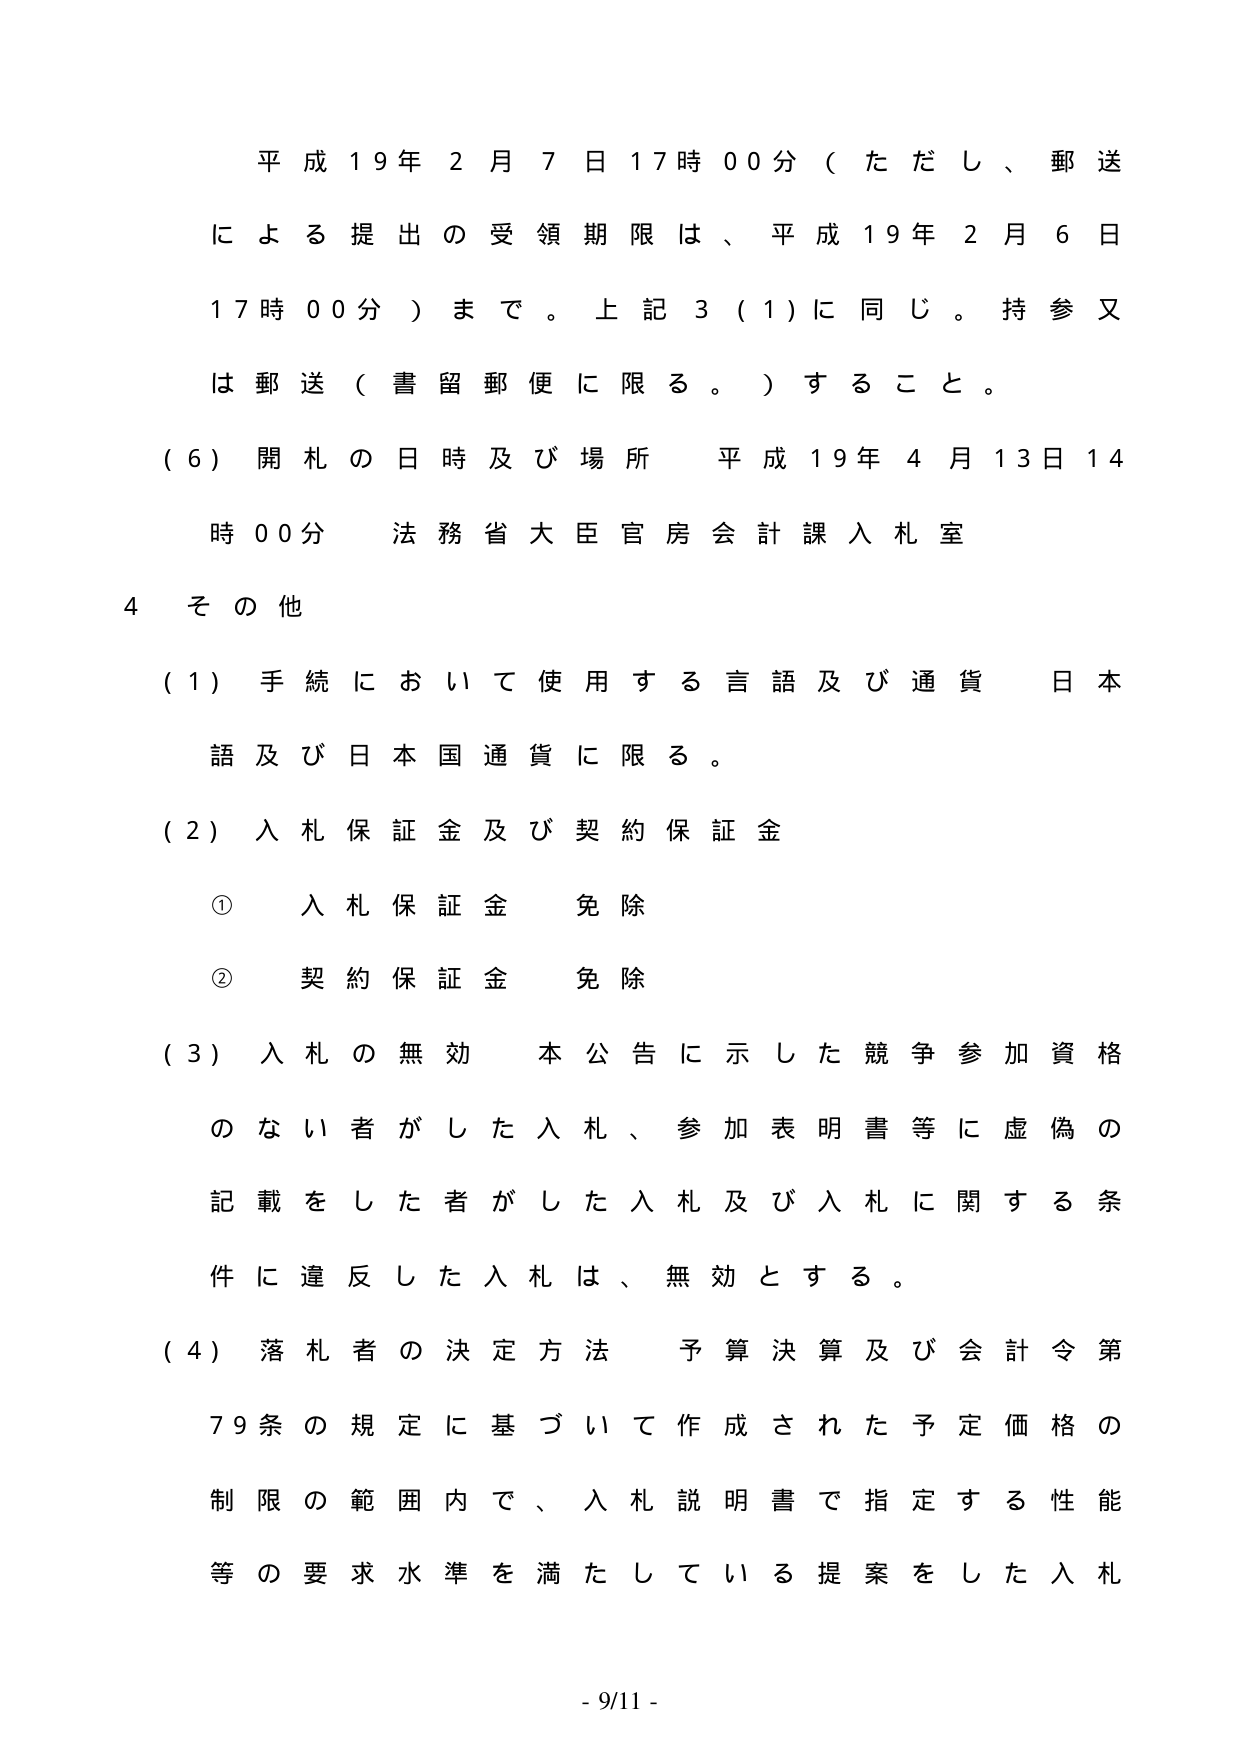
平成19年2月7日17時00分（ただし、郵送による提出の受領期限は、平成19年2月6日17時00分）まで。上記3（1）に同じ。持参又は郵送（書留郵便に限る。）すること。

（6）開札の日時及び場所 平成19年4月13日14時00分 法務省大臣官房会計課入札室

4 その他

（1）手続において使用する言語及び通貨 日本語及び日本国通貨に限る。

（2）入札保証金及び契約保証金

① 入札保証金 免除

② 契約保証金 免除

（3）入札の無効 本公告に示した競争参加資格のない者がした入札、参加表明書等に虚偽の記載をした者がした入札及び入札に関する条件に違反した入札は、無効とする。

（4）落札者の決定方法 予算決算及び会計令第79条の規定に基づいて作成された予定価格の制限の範囲内で、入札説明書で指定する性能等の要求水準を満たしている提案をした入札

- 9/11 -